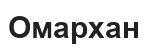
Омархан